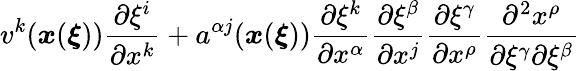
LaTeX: v^{k}(\boldsymbol{x}(\boldsymbol{\xi}))\frac{\partial\xi^{i}}{\partial x^{k}}+a^{\alpha j}(\boldsymbol{x}(\boldsymbol{\xi}))\frac{\partial\xi^{k}}{\partial x^{\alpha}}\frac{\partial\xi^{\beta}}{\partial x^{j}}\frac{\partial\xi^{\gamma}}{\partial x^{\rho}}\frac{\partial^{2}x^{\rho}}{\partial\xi^{\gamma}\partial\xi^{\beta}}